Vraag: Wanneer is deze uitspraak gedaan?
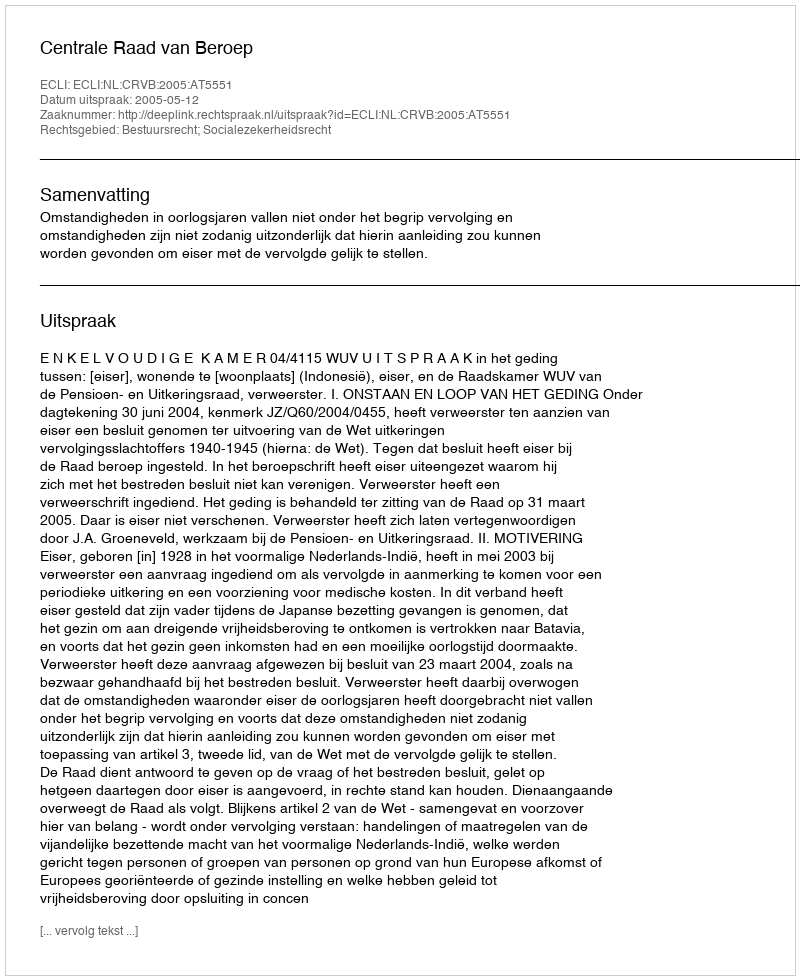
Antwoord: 2005-05-12